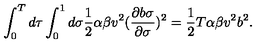
\int _ { 0 } ^ { T } d \tau \int _ { 0 } ^ { 1 } d \sigma \frac { 1 } { 2 } \alpha \beta v ^ { 2 } ( \frac { \partial b \sigma } { \partial \sigma } ) ^ { 2 } = \frac { 1 } { 2 } T \alpha \beta v ^ { 2 } b ^ { 2 } .